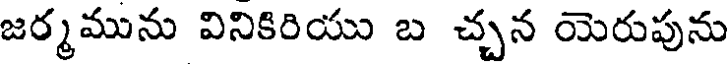
జర్మమును వినికిరియు బ చ్చన యెరుపును